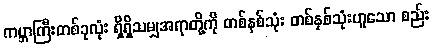
ကမ္ဘာကြီးတစ်ခုလုံး ရှိရှိသမျှအရာတို့ကို တစ်နှစ်သုံး တစ်နှစ်သုံးဟူသော စည်း